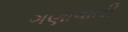
ગણાવાતી